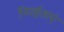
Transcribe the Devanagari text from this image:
निरर्हताएं